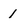
Character: 1